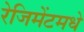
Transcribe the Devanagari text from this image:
रेजिमेंटमधे